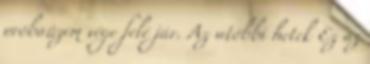
próbaüzem vége felé jár. Az utóbbi hetek Ez az